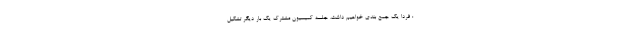
: فردا یک جمع بندی خواهیم داشت، جلسه کمیسیون مشترک یک بار دیگر تشکیل